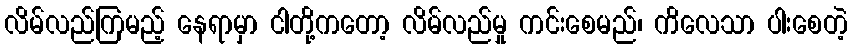
လိမ်လည်ကြမည့် နေရာမှာ ငါတို့ကတော့ လိမ်လည်မှု ကင်းစေမည်၊ ကိလေသာ ပါးစေတဲ့